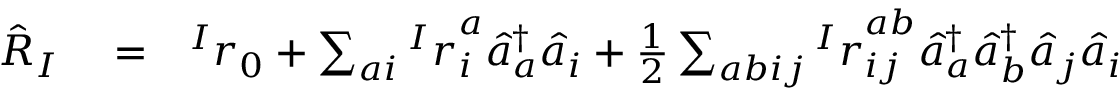
\begin{array} { r l r } { \hat { R } _ { I } } & { { } = } & { { ^ I r } _ { 0 } + \sum _ { a i } { ^ I r } _ { i } ^ { a } \hat { a } _ { a } ^ { \dagger } \hat { a } _ { i } + \frac { 1 } { 2 } \sum _ { a b i j } { ^ I r } _ { i j } ^ { a b } \hat { a } _ { a } ^ { \dagger } \hat { a } _ { b } ^ { \dagger } \hat { a } _ { j } \hat { a } _ { i } } \end{array}